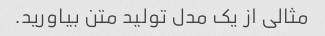
مثالی از یک مدل تولید متن بیاورید.